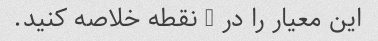
این معیار را در 3 نقطه خلاصه کنید.